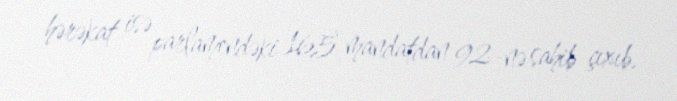
hərəkat isə parlamendəki 165 mandatdan 92-nə sahib çıxıb.